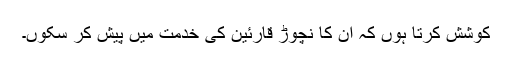
کوشش کرتا ہوں کہ ان کا نچوڑ قارئین کی خدمت میں پیش کر سکوں۔